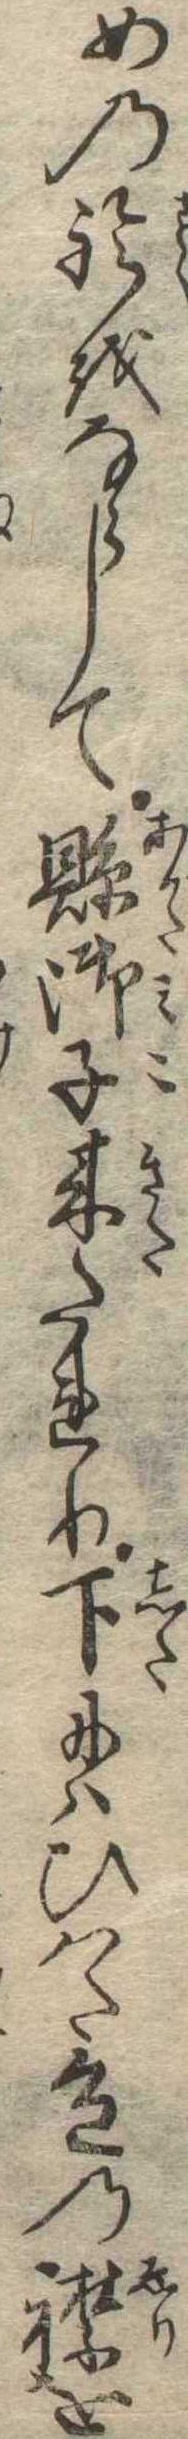
めの鈴をならして県御子来たれり下にはひはた色の襟を